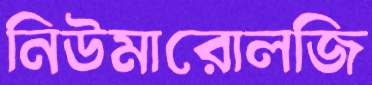
নিউমারোলজি